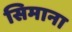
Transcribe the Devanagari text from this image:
सिमाना